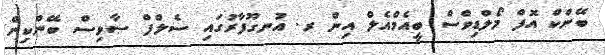
ބޭންކް އޮފް މޯލްޑިވްސް ބީއެމްއެލް އިން ރ. އުނގޫފާރުގައި ސެލްފް ސާވިސް ބޭންކިން